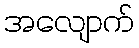
အလျောက်